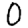
Digit: 0